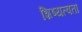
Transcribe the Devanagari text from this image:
शिष्यत्वता